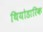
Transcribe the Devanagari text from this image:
थियोडारिक